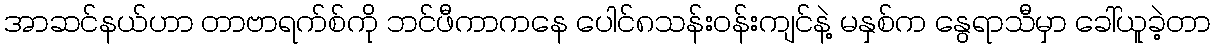
အာဆင်နယ်ဟာ တာဗာရက်စ်ကို ဘင်ဖီကာကနေ ပေါင်၈သန်း၀န်းကျင်နဲ့ မနှစ်က နွေရာသီမှာ ခေါ်ယူခဲ့တာ